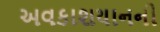
અવકાશયાનની